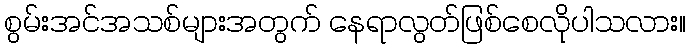
စွမ်းအင်အသစ်များအတွက် နေရာလွတ်ဖြစ်စေလိုပါသလား။